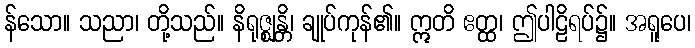
န်သော။ သညာ၊ တို့သည်။ နိရုဇ္ဈန္တိ၊ ချုပ်ကုန်၏။ ဣတိ ဧတ္ထ၊ ဤပါဠိရပ်၌။ အရူပေ၊